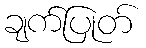
ချက်ပြုတ်